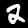
Label: 2